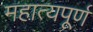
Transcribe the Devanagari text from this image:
महात्यपूर्ण